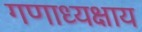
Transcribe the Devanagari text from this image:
गणाध्यक्षाय